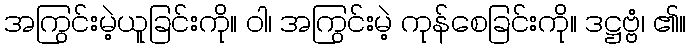
အကြွင်းမဲ့ယူခြင်းကို။ ဝါ၊ အကြွင်းမဲ့ ကုန်စေခြင်းကို။ ဒဋ္ဌဗ္ဗံ၊ ၏။